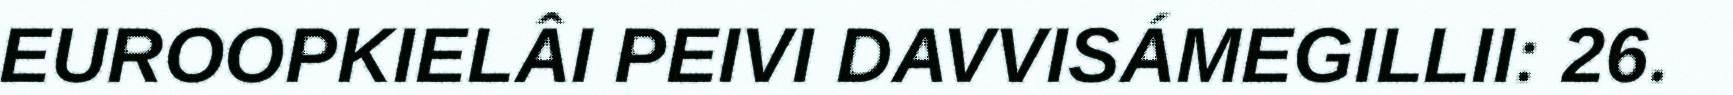
EUROOPKIELÂI PEIVI DAVVISÁMEGILLII: 26.